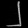
Digit: ၂